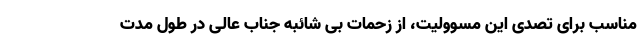
مناسب برای تصدی این مسوولیت، از زحمات بی شائبه جناب عالی در طول مدت